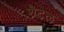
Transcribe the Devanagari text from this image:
शैटेल